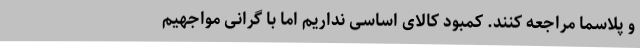
و پلاسما مراجعه کنند. کمبود کالای اساسی نداریم اما با گرانی مواجهیم